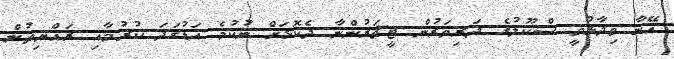
އޭނާ ވިދާޅުވީ ސްކޫލުގެ ދަރިވަރުން ޓީޗަރުންނާ ދެކޮޅަށް ނުކުމެ އަޑުގަދަ ކުރުމާއި ރައްޔިތުން